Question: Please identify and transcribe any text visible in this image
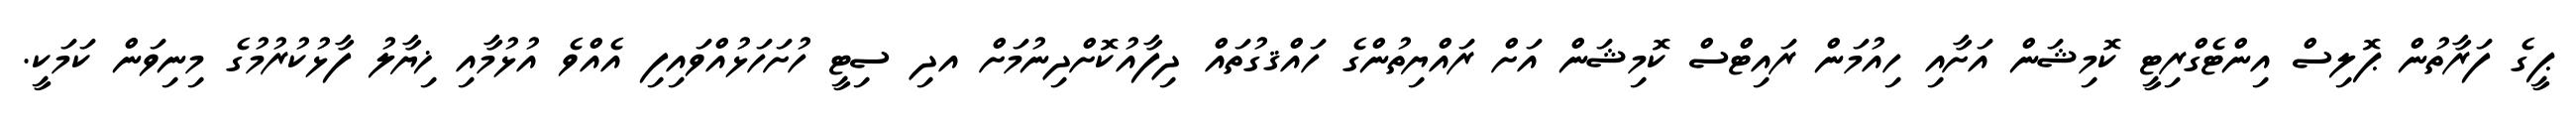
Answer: ޕީގެ ފަރާތުން ޕޮލިސް އިންޓެގްރިޓީ ކޮމިޝަން އަށާއި ހިއުމަން ރައިޓްސް ކޮމިޝަން އަށް ރައްޔިތުންގެ ހައްޤގުތައް ދިފާއުކޮށްދިނުމަށް އދި ސިޓީ ހުށަހަޅުއްވައިފި އެއްވެ އުޅުމާއި ޚިޔާލު ފާޅުކުރުމުގެ މިނިވަން ކަމަކީ.